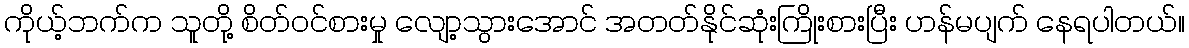
ကိုယ့်ဘက်က သူတို့ စိတ်ဝင်စားမှု လျော့သွားအောင် အတတ်နိုင်ဆုံးကြိုးစားပြီး ဟန်မပျက် နေရပါတယ်။